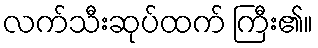
လက်သီးဆုပ်ထက် ကြီး၏။